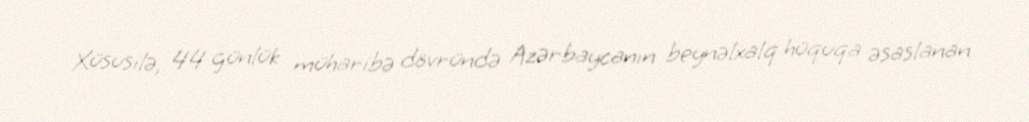
Xüsusilə, 44 günlük müharibə dövründə Azərbaycanın beynəlxalq hüquqa əsaslanan